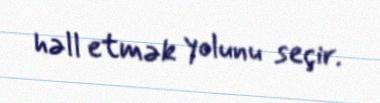
həll etmək yolunu seçir.